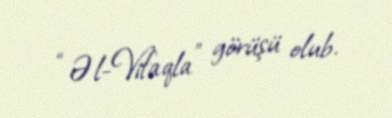
“Əl-Vifaqla” görüşü olub.